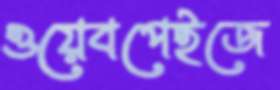
ওয়েবপেইজে